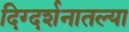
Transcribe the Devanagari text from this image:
दिग्दर्शनातल्या